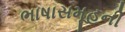
ભાષાસમૂહની